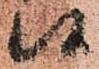
候